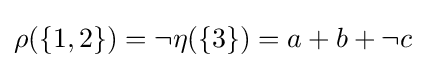
{\textstyle \rho (\{1,2\})=\neg \eta (\{3\})=a+b+\neg c}